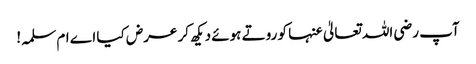
آپ رضی اللہ تعالیٰ عنہا کو روتے ہوئے دیکھ کر عرض کیا اے ام سلمہ!